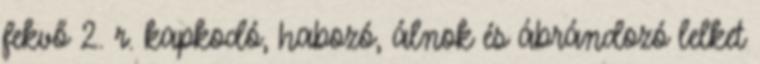
fekvő 2. r. kapkodó, habozó, álnok és ábrándozó lelket